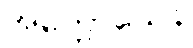
အက္ကောသေန